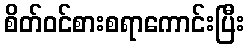
စိတ်ဝင်စားစရာကောင်းပြီး